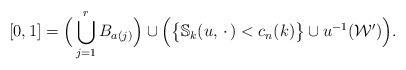
LaTeX: \begin{align*}[0,1] = \Big(\bigcup_{j=1}^{r}B_{a(j)}\Big)\cup\Big(\big\{{\mathbb S}_k(u,\,\cdot\,)<c_n(k)\big\}\cup u^{-1}(\mathcal W')\Big).\end{align*}